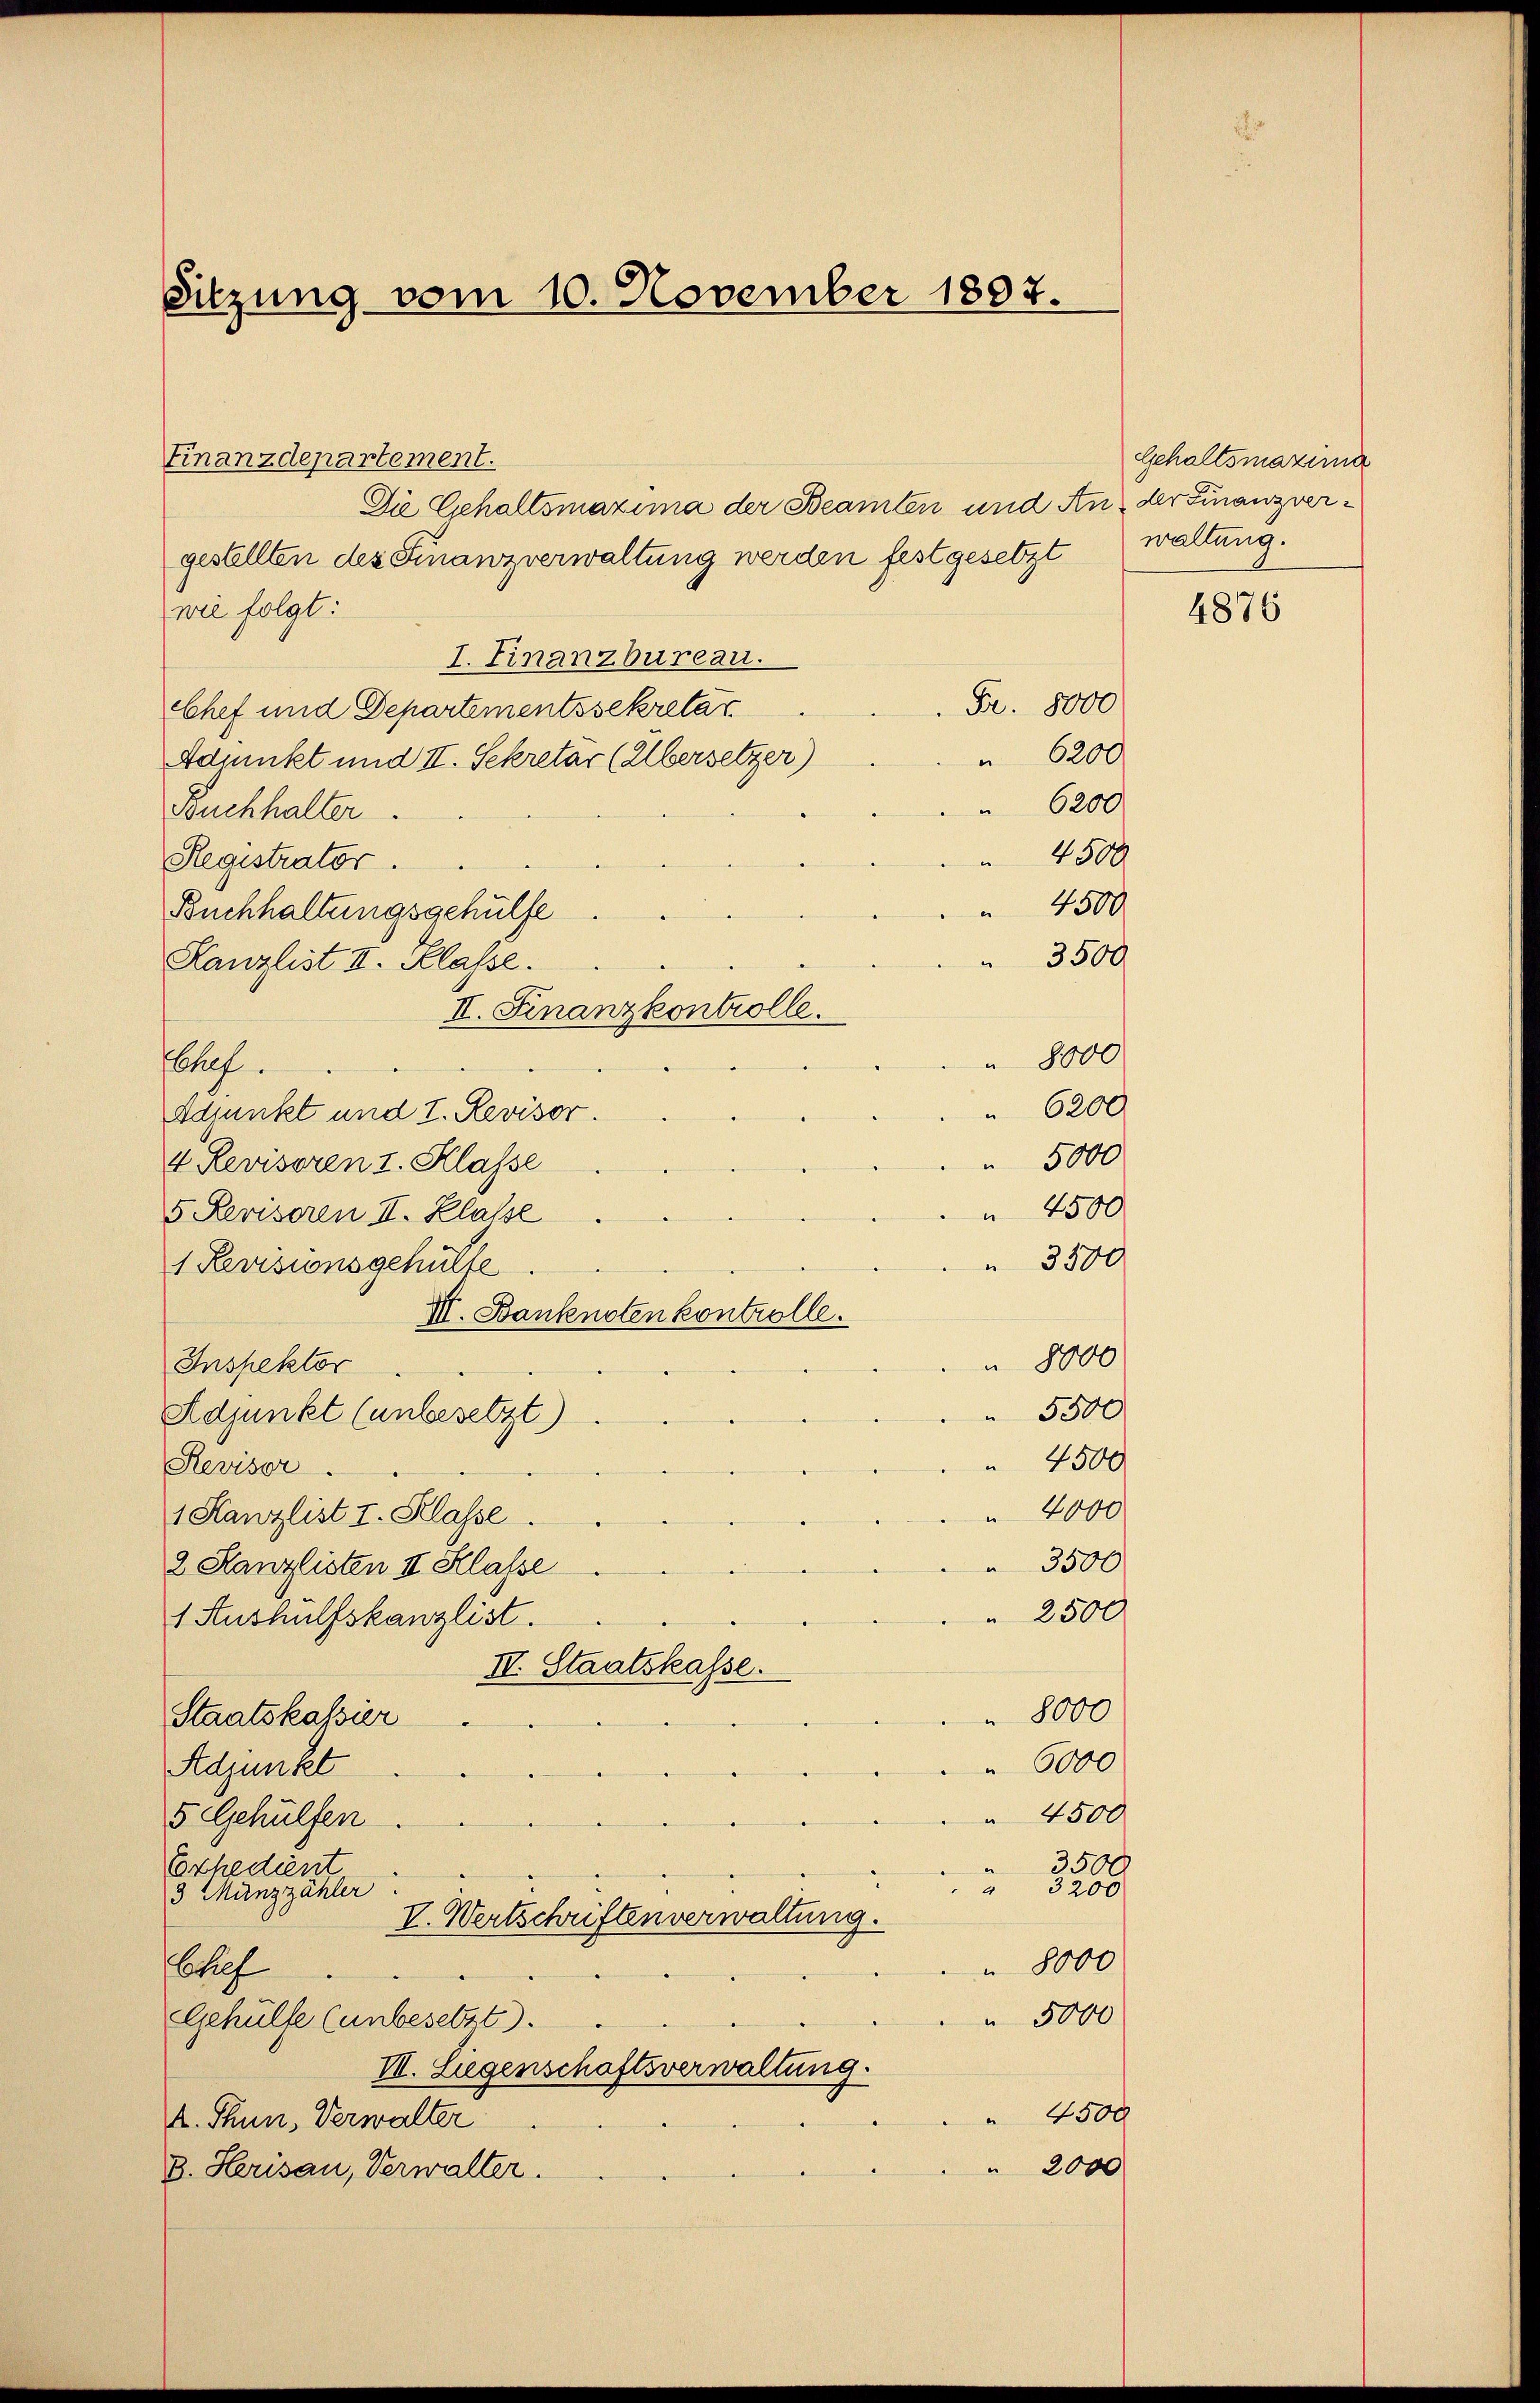
Sitzung vom 10. November 1807.

Finanzdepartement.
Die Gehaltsmazima der Beamten und An der Finanzvergestellten des Finanzverwaltung werden festgesetzt
wie folgt:
I. Finanzbureau.
Chef und Departementssekretar
Admnkt und II. Sekretär (Elbersetzer)
Buchhalter
Registrator.
Buchhaltungsgehülfe
Kanzlist II. Klasse.
II. Finanzkontrolle.
Chef.
Adjunkt und I. Revisor.
4. Revisoren I. Klasse
5 Revisoren II. Klasse
1 Revisionsgehülfe
III. Banknoten kontrolle.
 8000
Inspektor
5500
Adjunkt (unbesetzt)
4500
Revisor.
4000
1 Kanzlist I. Klasse.
3300
2 Kanzlisten II Klasse
 2500
1 Aushülfskanzlist.
II. Staatskasse.
 8000
Staatskassier
6000
Adjunkt
 4500
5 Gehülfen
3500
Erhedient
3200
3 Münzzähler
V. Wertschriftenverwaltung.
 8000
Chef
 5000
Gehülfe (unbesetzt).
III. Liegenschaftsverwaltung.
4500
. Thun, Verwalter
 2000
B. Herisau, Verwalter.

Fr. 8000
 6200
 6200
 4500
4500
 8000
 6200.
 5000
 4500
 3500

Gehaltsmaxima
waltung.

3500

4876